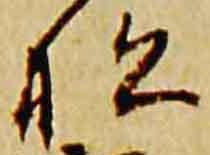
松